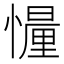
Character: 𢢳